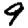
Digit: 9